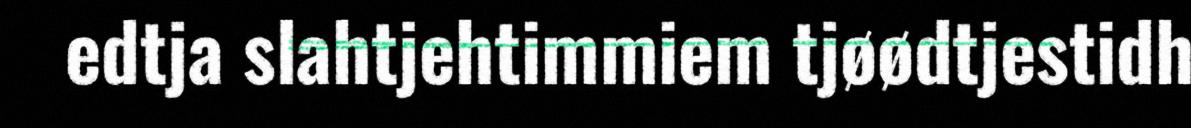
edtja slahtjehtimmiem tjøødtjestidh